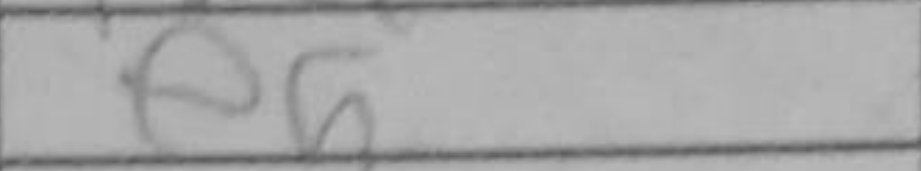
Transcription: e5